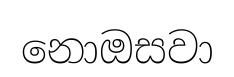
නොඔසවා